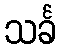
သင်္ခ